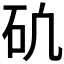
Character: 𥐥